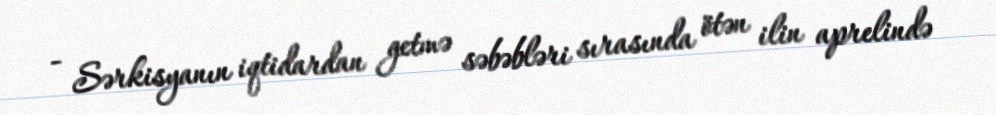
- Sərkisyanın iqtidardan getmə səbəbləri sırasında ötən ilin aprelində